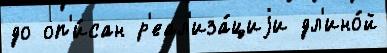
до оп'и́сан р'еал'иза́циjи дл'ино́й